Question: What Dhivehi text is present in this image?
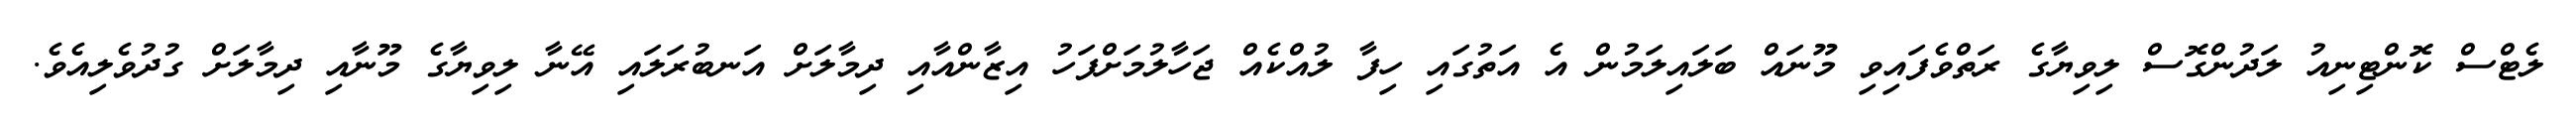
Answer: ލެޓްސް ކޮންޓިނިއު ލަދުންގޮސް ލިވިޔާގެ ރަތްވެފައިވި މޫނައް ބަލައިލަމުން އެ އަތުގައި ހިފާ ލުއްކެއް ޖަހާލުމަށްފަހު އިޒާންއާއި ދިމާލަށް އަނބުރަލައި އޭނާ ލިވިޔާގެ މޫނާއި ދިމާލަށް ގުދުވެލިއެވެ.